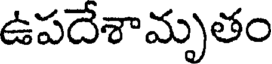
ఉపదేశామృతం